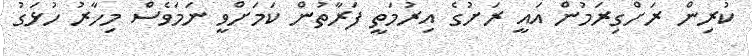
ކުރިން ރަށްގިރަމުން އައީ ރަށުގެ އިރުމަތީ ފަރާތުން ކަމަށްވީ ނަމަވެސް މިހާރު ހުޅަގު